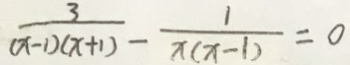
\frac { 3 } { ( x - 1 ) ( x + 1 ) } - \frac { 1 } { x ( x - 1 ) } = 0